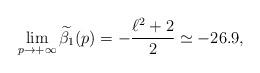
LaTeX: \begin{align*}\lim_{p\to+\infty}\widetilde{\beta_1}(p)= -\frac{\ell^2+2}{2}\simeq -26.9,\end{align*}